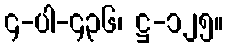
၄-ပါ-၄၃၆၊ ဋ္ဌ-၁၂၅။